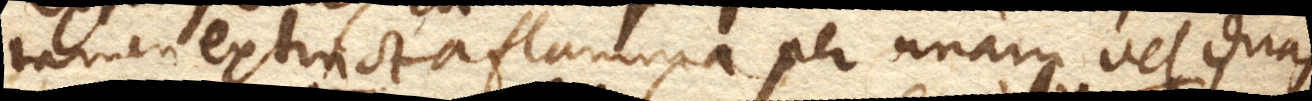
tamen extincta flamma per unam vel duas